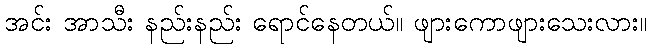
အင်း အာသီး နည်းနည်း ရောင်နေတယ်။ ဖျားကောဖျားသေးလား။